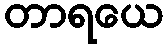
တာရယေ